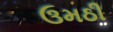
ઉમઠી